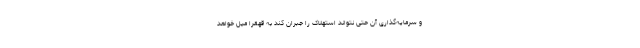
و سرمایه‌گذاری آن حتی نتواند استهلاک را جبران کند به قهقرا میل خواهد